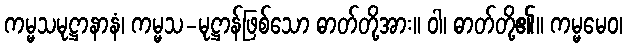
ကမ္မသမုဋ္ဌာနာနံ၊ ကမ္မသ-မုဋ္ဌာန်ဖြစ်သော ဓာတ်တို့အား။ ဝါ၊ ဓာတ်တို့၏။ ကမ္မမေဝ၊